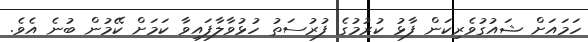
ހަމައަށް ޝައުގުވެރިކަން ފާޅު ކުރުމުގެ ފުރުސަތު ހުޅުވާލާފައިވާ ކަމަށް ކޭމުން ބުނެ އެވެ.